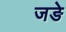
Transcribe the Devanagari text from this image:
जङे